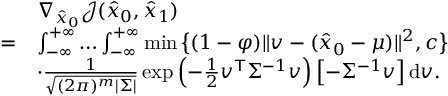
\begin{array} { r l } & { \nabla _ { \hat { x } _ { 0 } } \mathcal { J } ( \hat { { x } } _ { 0 } , \hat { { x } } _ { 1 } ) } \\ { = } & { \int _ { - \infty } ^ { + \infty } \ldots \int _ { - \infty } ^ { + \infty } \operatorname* { m i n } \big \{ ( 1 - \varphi ) \| { v } - ( \hat { { x } } _ { 0 } - { \mu } ) \| ^ { 2 } , c \big \} } \\ & { \cdot \frac { 1 } { \sqrt { ( 2 \pi ) ^ { m } | { \Sigma } | } } \exp \left( - \frac { 1 } { 2 } { v } ^ { \mathsf { T } } { \Sigma } ^ { - 1 } { v } \right) \left[ - { \Sigma } ^ { - 1 } { v } \right] \mathrm { d } { v } . } \end{array}